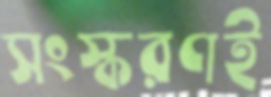
সংস্করণই